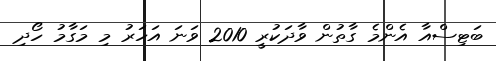
ބަޓިސްއާ އެންމެ ގާތުން ވާދަކުރީ 2010 ވަނަ އަހަރު މި މަގާމު ހޯދި